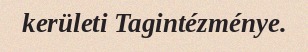
kerületi Tagintézménye.